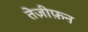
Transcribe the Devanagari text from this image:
तेज़ीफ़न